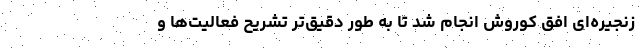
زنجیره­ای افق کوروش انجام شد تا به طور دقیق­تر تشریح فعالیت­ها و